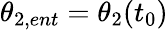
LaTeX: \theta_{2,ent}=\theta_{2}(t_{0})